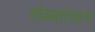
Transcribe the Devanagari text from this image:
गोळ्यांएवढ्या